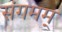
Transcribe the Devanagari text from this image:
संगमम्